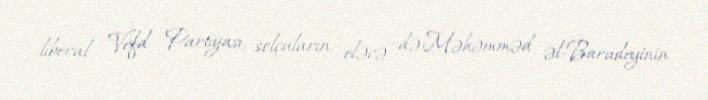
liberal Vefd Partiyası, solçuların, eləcə də Məhəmməd əl-Baradeyinin